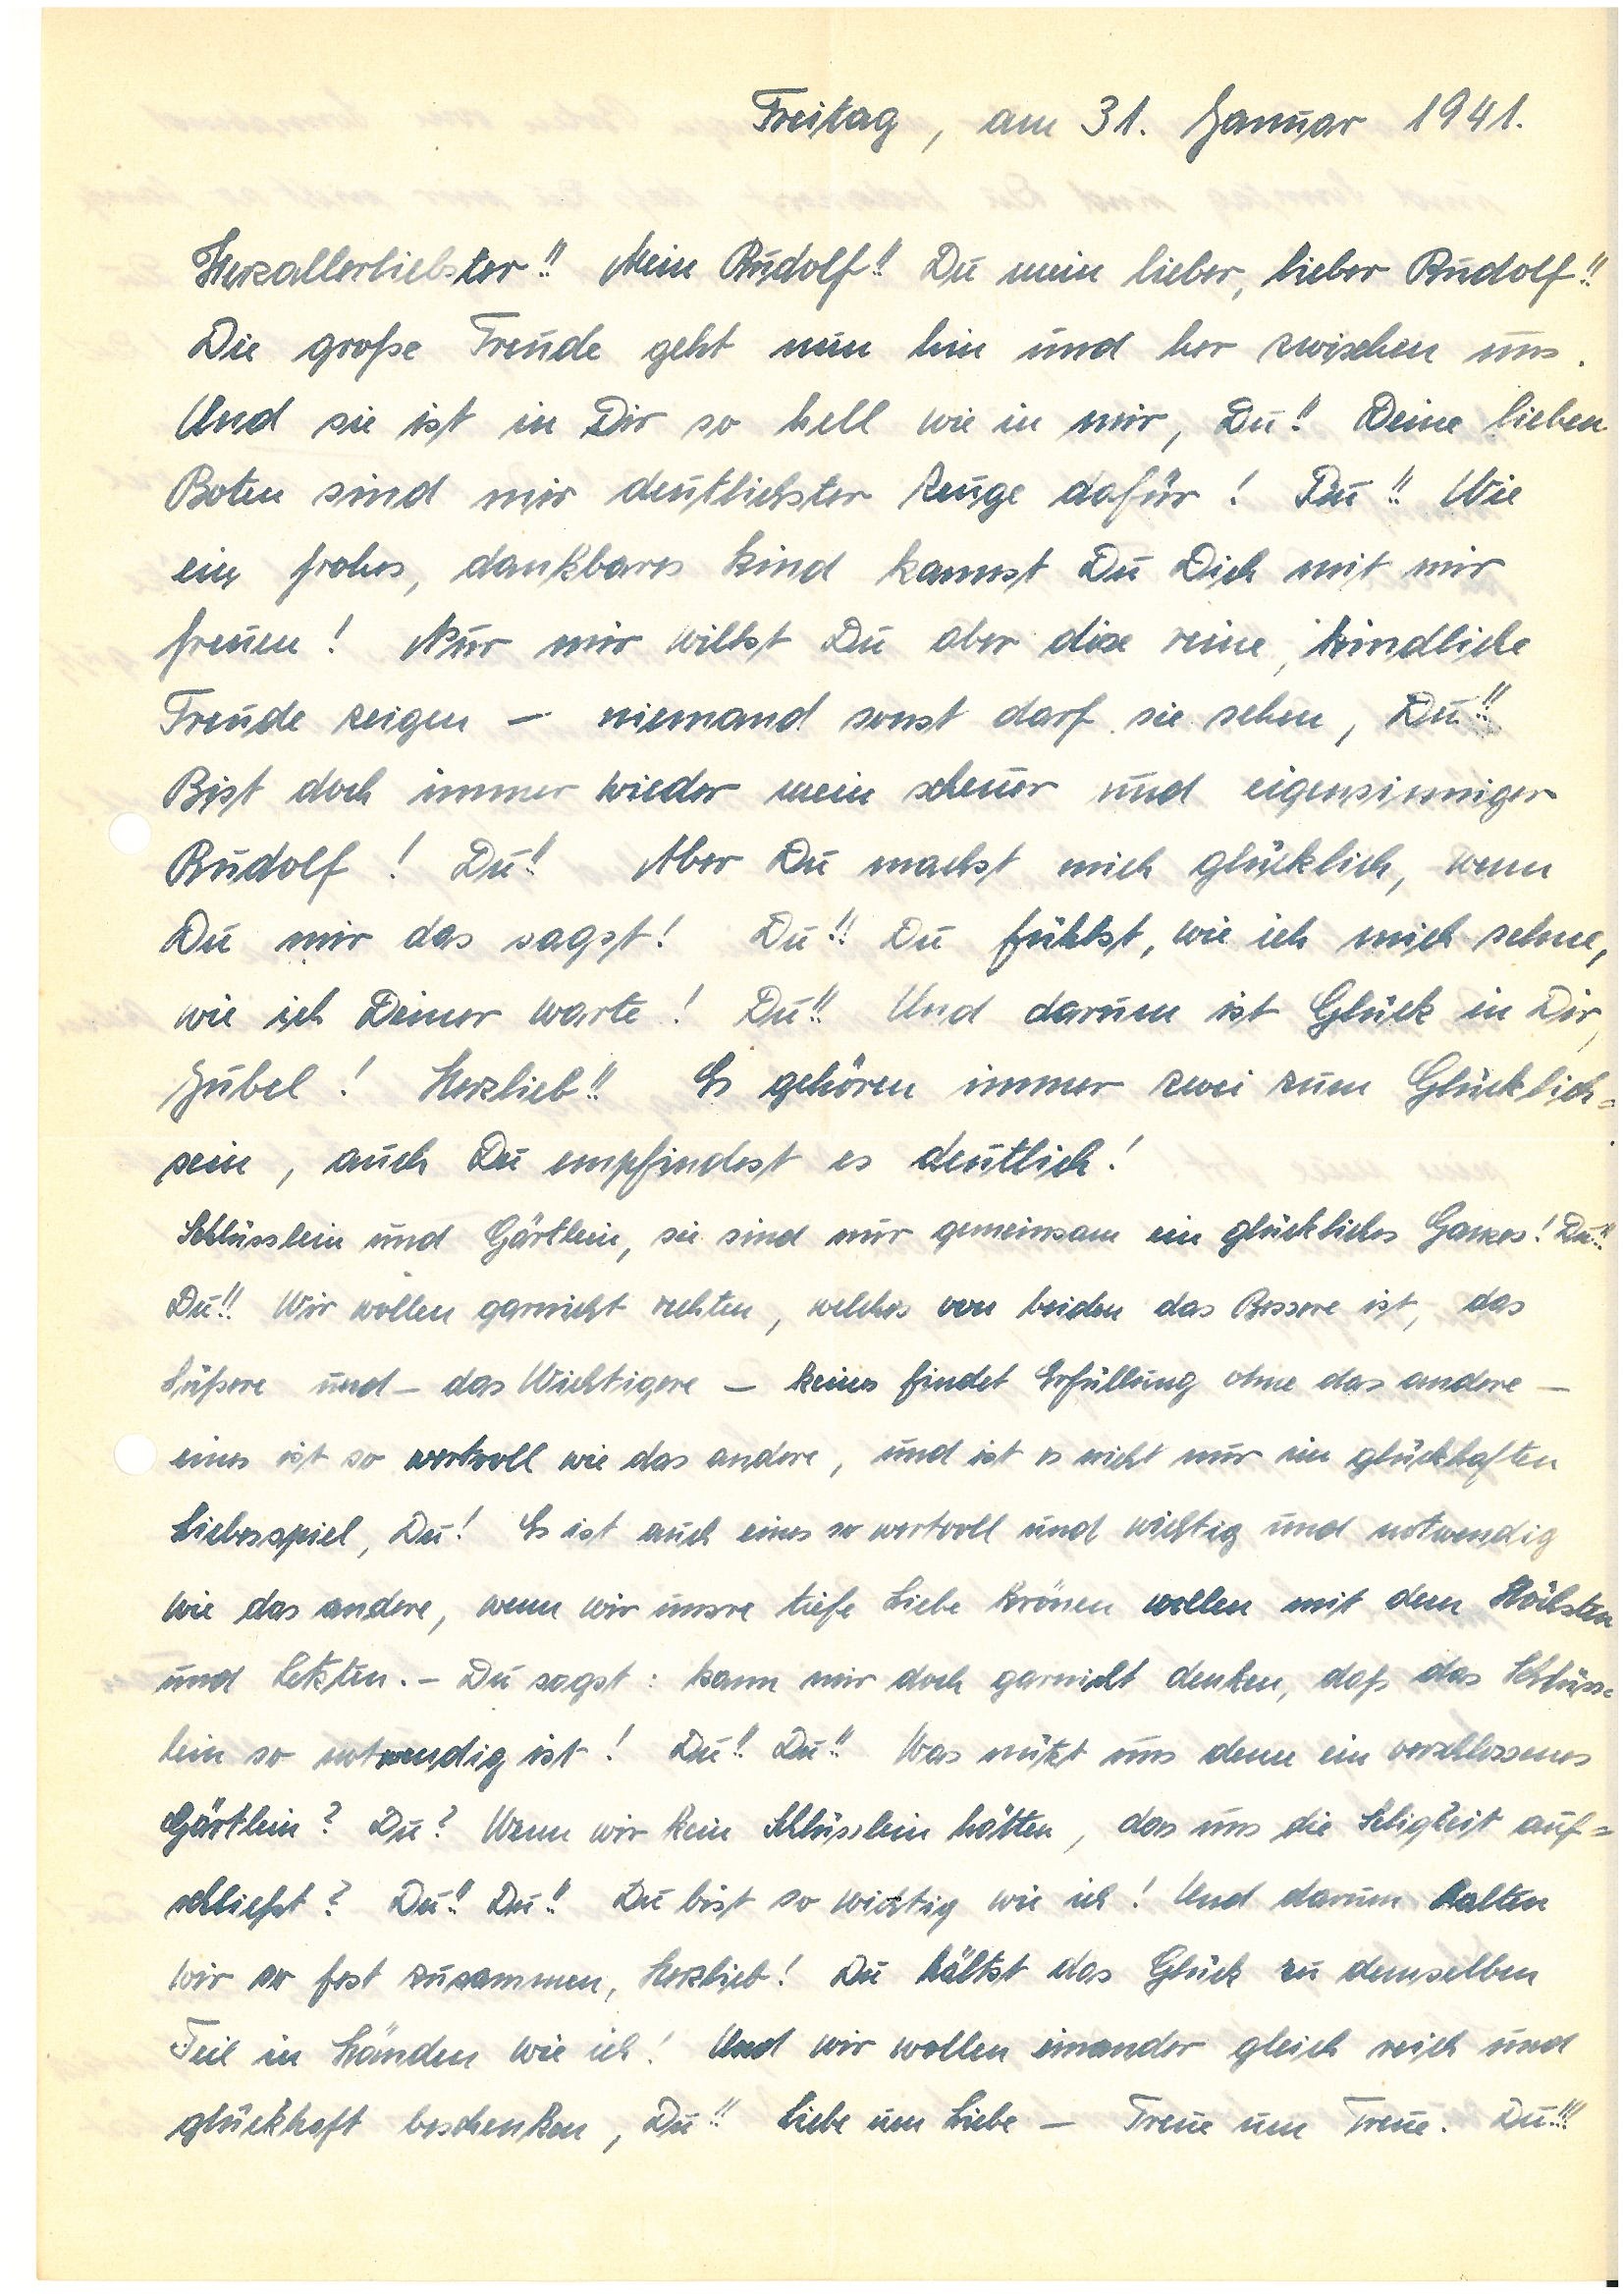
Freitag, am 31. Januar 1941.
Herzallerliebster!! Mein!! Du mein lieber, lieber!!
Die große Freude geht nun hin und her zwischen uns.
Und sie ist in Dir so hell wie in mir, Du!! Deine lieben
Boten sind mir deutlichster Zeuge dafür! Du!! Wie
ein frohes, dankbares Kind kannst Du Dich mit mir
freuen! Nur mir willst Du aber diese reine, kindliche
Freude zeigen – niemand sonst darf sie sehen, Du!!
Bist doch immer wieder mein scheuer und eigensinniger!
Du!! Aber Du machst mich glücklich, wenn
Du mir das sagst! Du!! Du fühlst, wie ich mich sehne,
wie ich Deiner warte! Du!! Und darum ist Glück in Dir,
Jubel! Herzlieb!! Es gehören immer zwei zum Glücklich¬
sein, auch Du empfindest es deutlich!
Schlüsslein und Gärtlein, sie sind nur gemeinsam ein glückliches Ganzes! Du!!!
Du!! Wir wollen garnicht richten, welches von beiden das Bessere ist, das
Süßere und – das Wichtigere – keines findet Erfüllung ohne das andere –
eines ist so wertvoll wie das andere, und ist es nicht nur im glückhaften
Liebesspiel, Du! Es ist auch eines so wertvoll und wichtig und notwendig
wie das andere, wenn wir unsre tiefe Liebe krönen wollen mit dem Höchsten
und Letzten. – Du sagst: kann mir doch garnicht denken, daß das Schlüss¬
lein so notwendig ist! Du!! Du!! Was nützt uns denn ein verschlossenes
Gärtlein? Du? Wenn wir kein Schlüsslein hätten, das uns die Seligkeit auf¬
schließt? Du!! Du!! Du bist so wichtig wie ich! Und darum halten
wir so fest zusammen, Herzlieb! Du hältst das Glück zu demselben
Teil in den Händen wie ich! Und wir wollen einander gleich reich und
glückhaft beschenken, Du!! Liebe um Liebe – Treue um Treue. Du!!!